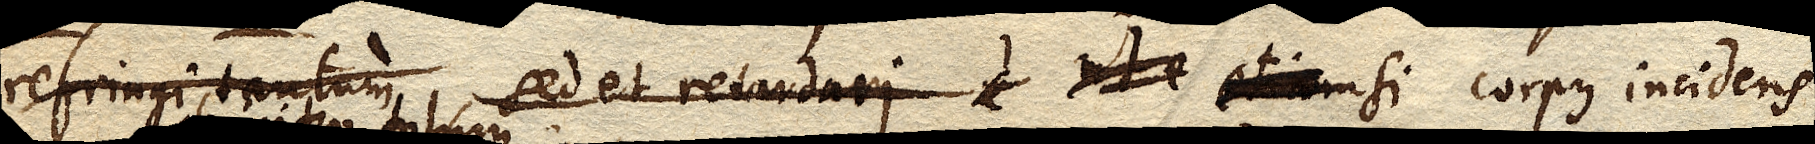
refringi tantum, sed et retardari e inte etiam si corpus incidens